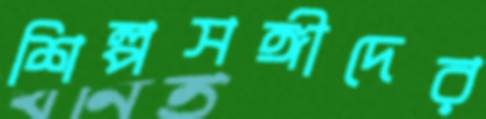
শিল্পসঙ্গীদের